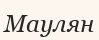
Маулян